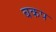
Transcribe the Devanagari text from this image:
बकप